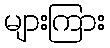
များကြား